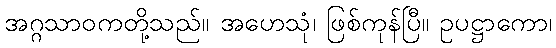
အဂ္ဂသာဝကတို့သည်။ အဟေသုံ၊ ဖြစ်ကုန်ပြီ။ ဥပဋ္ဌာကော၊